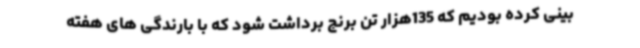
بینی کرده بودیم که 135هزار تن برنج برداشت شود که با بارندگی های هفته